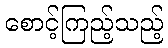
စောင့်ကြည့်သည့်